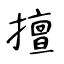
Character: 擅